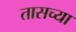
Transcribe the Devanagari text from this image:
तासच्या